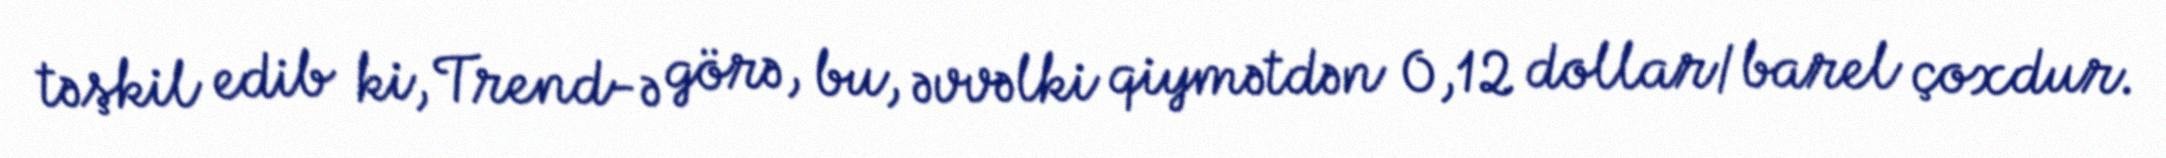
təşkil edib ki, Trend-ə görə, bu, əvvəlki qiymətdən 0,12 dollar/barel çoxdur.